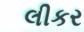
લીકર